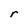
Character: r